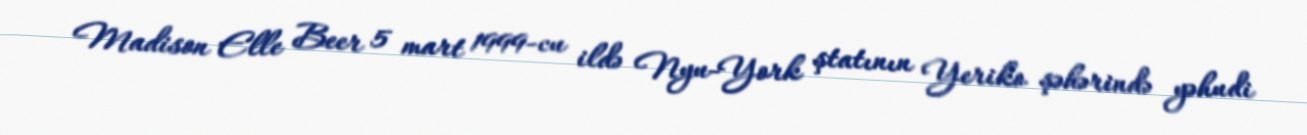
Madison Elle Beer 5 mart 1999-cu ildə Nyu-York ştatının Yeriko şəhərində yəhudi